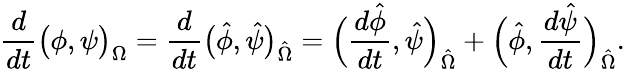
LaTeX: \frac{d}{dt}\big(\phi,\psi\big)_{\Omega}=\frac{d}{dt}\big(\hat{\phi},\hat{\psi}\big)_{\hat{\Omega}}=\Big(\frac{d\hat{\phi}}{dt},\hat{\psi}\Big)_{\hat{\Omega}}+\Big(\hat{\phi},\frac{d\hat{\psi}}{dt}\Big)_{\hat{\Omega}}.